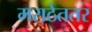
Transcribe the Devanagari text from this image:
मराठेततर